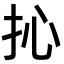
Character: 抋